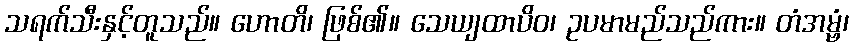
သရက်သီးနှင့်တူသည်။ ဟောတိ၊ ဖြစ်၏။ သေယျထာပိဝ၊ ဥပမာမည်သည်ကား။ တံအမ္ဗံ၊